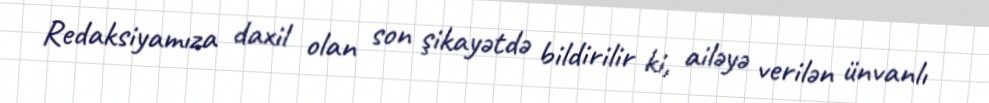
Redaksiyamıza daxil olan son şikayətdə bildirilir ki, ailəyə verilən ünvanlı